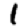
Digit: 1